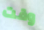
وقت